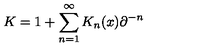
K = 1 + \sum _ { n = 1 } ^ { \infty } K _ { n } ( x ) \partial ^ { - n }